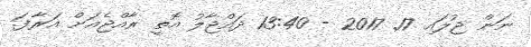
ނަން ޖުލައި 17